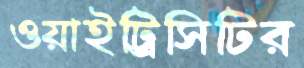
ওয়াইট্রিসিটির